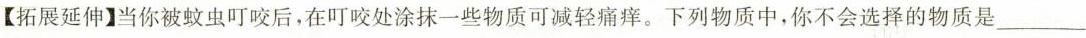
【拓展延伸】当你被蚊虫叮咬后，在叮咬处涂抹一些物质可减轻痛痒。下列物质中，你不会选择的物质是___